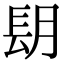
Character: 𨱠